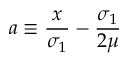
a \equiv \frac { x } { \sigma _ { 1 } } - \frac { \sigma _ { 1 } } { 2 \mu }